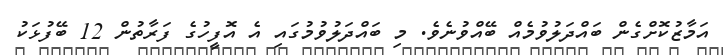
އަމާޒުކޮށްގެން ބައްދަލުވުމެއް ބޭއްވުނެވެ. މި ބައްދަލުވުމުގައި އެ އޮފީހުގެ ފަރާތުން 12 ބޭފުޅަކު